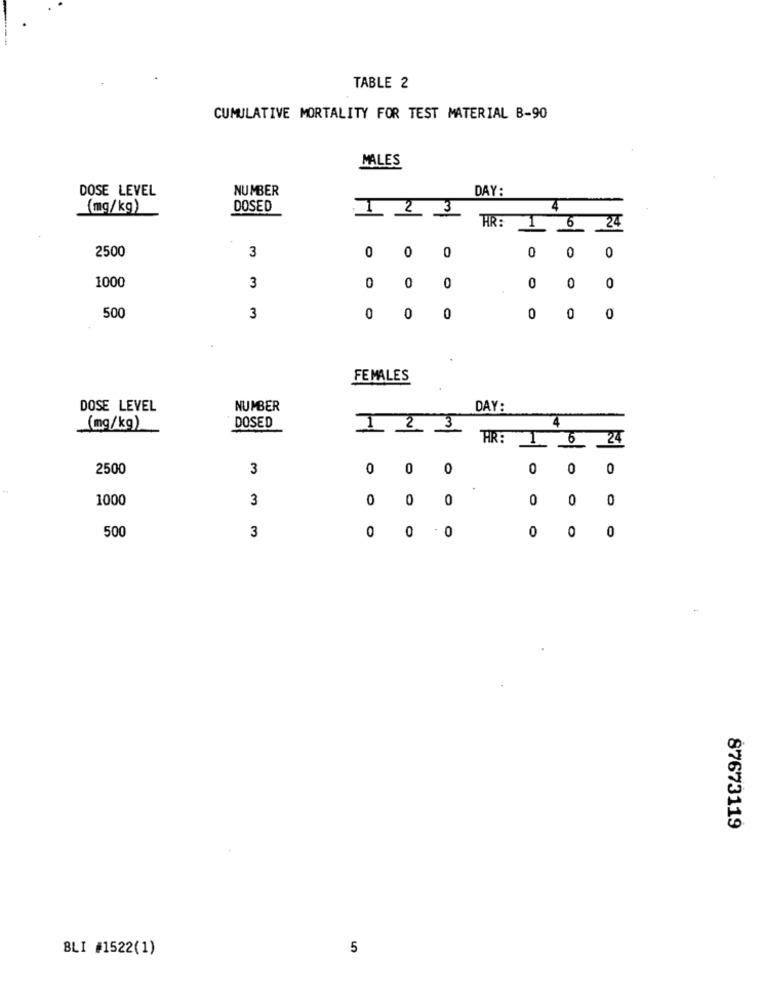
TABLE 2
CUMULATIVE MORTALITY FOR TEST MATERIAL B-90
MALES
DOSE LEVEL
NUMBER
DAY:
(mg/kg)
DOSED
1 2 3
4
HR :
1 6 24
2500
3
0
0
0
0
0
0
1000
3
0
0
0
0
0
0
500
3
0
0
0
0
0
0
FEMALES
DOSE LEVEL
NUMBER
DAY:
3
4
(mg/kg)
DOSED
1 2
HR
1.
24
2500
3
0
0
0
0
0
0
1000
3
0
0
0
0
0
0
500
0
0 . 0
0
0
3
0
++
87673119
BLI #1522(1)
5